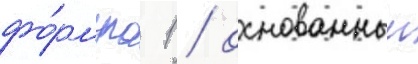
фо́рмула 1 / основанныи